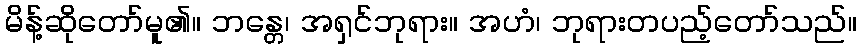
မိန့်ဆိုတော်မူ၏။ ဘန္တေ၊ အရှင်ဘုရား။ အဟံ၊ ဘုရားတပည့်တော်သည်။